Medical and sanitary report of the native army of Bengal for the year
Year: 1878
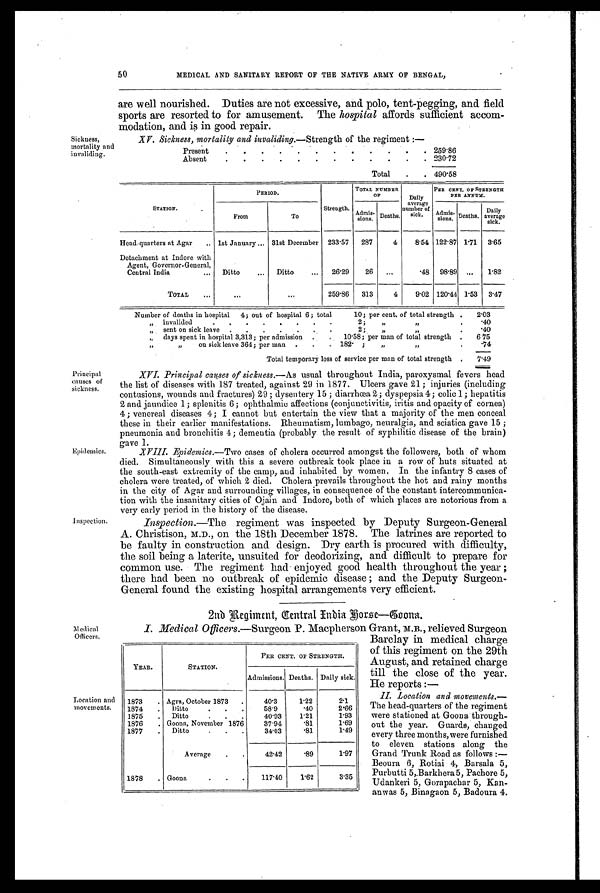
Medical
Officers.
Location and
movements.
50
MEDICAL AND SANITARY REPORT OF THE NATIVE ARMY OF BENGAL,
are w ell nourished. Duties are not excessive, and polo, tent-pegging, and field
sports are resorted to for amusement. The hospital affords sufficient accom-
modation, and is in good repair.
Sickness,
mortality and
XV. Sickness, mortality and invaliding. —Strength of the regiment :—
Present
.
.
.
. 259.86
Absent
.
.
.
.
.
.
.
.
.
.
. 230.72
Total
.
. 490.58
STATION.
PERIOD,
Strength.
TOTAL NUMBER
OF
Daily
average
number of
sick.
PER CENT. OF STRENGTH
PER ANNUM.
From
To
Admis-
sions. Deaths.
A d m i s s i o n s . Deaths.
Dail y
average
sick.
Head-quarters at Agar
.. 1st January ... 31st December
233.57
287
4
8.54 122.87 1.71
3.65
Detachment at Indore with
Agent, Governor-General,
Central India
...
Ditto
. . .
Ditto
...
26.29
26
...
.48
98.89
...
1.82
TOTAL
...
...
. . . 259.86
313
4
9.02 120.44 1.53
3.47
Number of deaths in hospital 4; out of hospital 6; total 10; per cent, of total strength .
2.03
, ,
i n v a l i d e d 2 ;
„
, ,
.
.40
„
sent on sick leave
. . . . . . . 2 ;
„ , ,
.
.40
,,
days spent in hospital 3,313; per admission . . 10.58; per man of total strength
.
6.75
„
on sick leave 364; per man
.
.
. 182. ;
„
,,
.
.74
Total temporary loss of service per man of total strength
.
7.49
Principal
causes of
sickness.
Inspection.
XVI. Principal causes of sickness. —As usual throughout India, paroxysmal fevers head
the list of diseases with 187 treated, against 29 in 1877. Ulcers gave 21; injuries (including
contusions, wounds and fractures) 29 ; dysentery 15 ; diarrhœa 2 ; dyspepsia 4 ; colic 1; hepatitis
2 and jaundice 1; splenitis 6 ; ophthalmic affections (conjunctivitis, iritis and opacity of cornea)
4; venereal diseases 4; I cannot but entertain the view that a majority of the men conceal
these in their earlier manifestations. Rheumatism, lumbago, neuralgia, and sciatica gave 15 ;
pneumonia and bronchitis 4; dementia (probably the result of syphilitic disease of the brain)
gave 1.
XVIII. Epidemics.—Two cases of cholera occurred amongst the followers, both of whom
died. Simultaneously with this a severe outbreak took place in a row of huts situated at
the south-east extremity of the camp, and inhabited by women. In the infantry 8 cases of
cholera were treated, of which 2 died. Cholera prevails throughout the hot and rainy months
in the city of Agar and surrounding villages, in consequence of the constant intercommunica-
tion with the insanitary cities of Ojain and Indore, both of which places are notorious from a
very early period in the history of the disease.
Inspection.—The regiment was inspected by Deputy Surgeon-General
A. Christison, M.D., on the 18th December 1878. The latrines are reported to
be faulty in construction and design. Dry earth is procured with difficulty,
the soil being a laterite, unsuited for deodorizing, and difficult to prepare for
common use. The regiment had enjoyed good health throughout the year ;
there had been no outbreak of epidemic disease ; and the Deputy Surgeon-
General found the existing hospital arrangements very efficient.
2nd Regiment, Central India Horse—Goona.
I. Medical Officers.—Surgeon P. Macpherson Grant, M.B., relieved Surgeon
Barclay in medical charge
of this regiment on the 29th
August, and retained charge
till the close of the year.
He reports :—
II. Location and movements.—
The head-quarters of the regiment
were stationed at Goona through-
out the year. Guards, changed
every three months, were furnished
to eleven stations along the
Grand Trunk Road as follows :—
Beoura 6, Rotiai 4, Barsala 5,
Purbutti 5, Barkhera 5, Pachore 5,
Udankeri 5, Gorapachar 5, Kan-
anwas 5, Binagaon 5, Badoura 4.
YEAR.
STATION.
PER CENT. OF STRENGTH.
Admissions. Deaths. Daily sick.
1873
. Agra, October 1873
.
40.3
1.22
2.1
1874
.
D i t t o . . .
58.9
.40
2.66
1875
.
D i t t o . . . .
40.93
1.21
1.93
1876
. Goona, November 1876
37.94
.81
1.69
1877
.
D i t t o . . . .
34.03
.81
1.49
Average
.
.
42.42
.89
1.97
1878
. Goona
.
.
.
117.40
1.62
3.35